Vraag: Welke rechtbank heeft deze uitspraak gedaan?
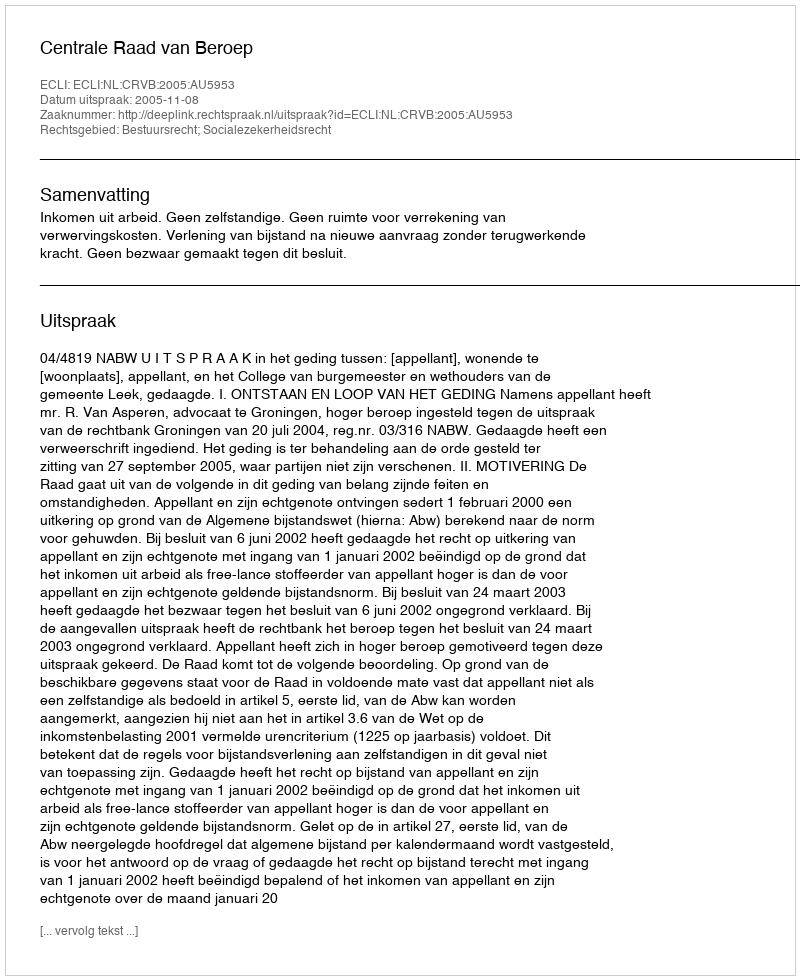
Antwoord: Centrale Raad van Beroep